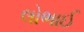
લોભાઈ